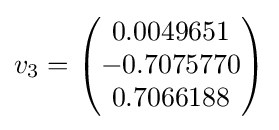
v_{3}={\begin{pmatrix}0.0049651\\-0.7075770\\0.7066188\\\end{pmatrix}}